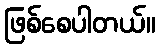
ဖြစ်စေပါတယ်။